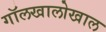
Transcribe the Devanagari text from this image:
गॉलखालोखाल